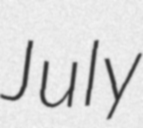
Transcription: July